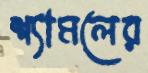
শ্যামলের